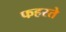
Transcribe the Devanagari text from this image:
फहरते